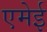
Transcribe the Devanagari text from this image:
एमेई